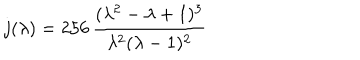
j ( \lambda ) = 2 5 6 \, \frac { ( \lambda ^ { 2 } - \lambda + 1 ) ^ { 3 } } { \lambda ^ { 2 } ( \lambda - 1 ) ^ { 2 } }